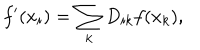
LaTeX: f ^ { \prime } ( x _ { i } ) = \sum _ { k } D _ { i k } f ( x _ { k } ) ,